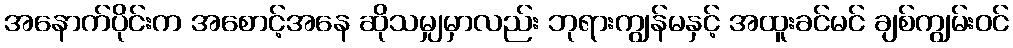
အနောက်ပိုင်းက အစောင့်အနေ ဆိုသမျှမှာလည်း ဘုရားကျွန်မနှင့် အထူးခင်မင် ချစ်ကျွမ်းဝင်